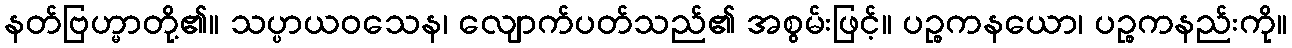
နတ်ဗြဟ္မာတို့၏။ သပ္ပာယဝသေန၊ လျောက်ပတ်သည်၏ အစွမ်းဖြင့်။ ပဉ္စကနယော၊ ပဉ္စကနည်းကို။